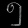
Digit: ၅